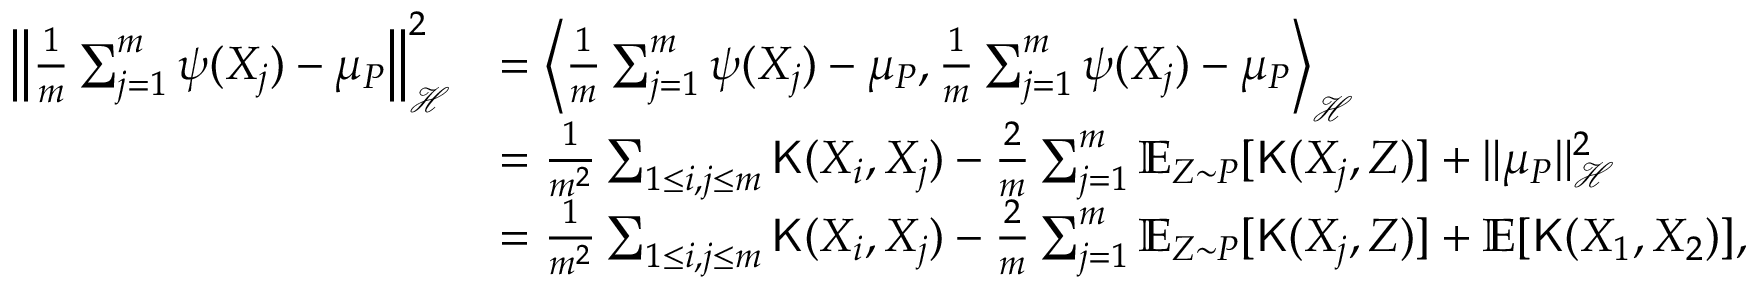
\begin{array} { r l } { \left\| \frac { 1 } { m } \sum _ { j = 1 } ^ { m } \psi ( X _ { j } ) - \mu _ { P } \right\| _ { \mathcal { H } } ^ { 2 } } & { = \left\langle \frac { 1 } { m } \sum _ { j = 1 } ^ { m } \psi ( X _ { j } ) - \mu _ { P } , \frac { 1 } { m } \sum _ { j = 1 } ^ { m } \psi ( X _ { j } ) - \mu _ { P } \right\rangle _ { \mathcal { H } } } \\ & { = \frac { 1 } { m ^ { 2 } } \sum _ { 1 \leq i , j \leq m } { \mathsf K } ( X _ { i } , X _ { j } ) - \frac { 2 } { m } \sum _ { j = 1 } ^ { m } \mathbb { E } _ { Z \sim P } [ { \mathsf K } ( X _ { j } , Z ) ] + \| \mu _ { P } \| _ { \mathcal { H } } ^ { 2 } } \\ & { = \frac { 1 } { m ^ { 2 } } \sum _ { 1 \leq i , j \leq m } { \mathsf K } ( X _ { i } , X _ { j } ) - \frac { 2 } { m } \sum _ { j = 1 } ^ { m } \mathbb { E } _ { Z \sim P } [ { \mathsf K } ( X _ { j } , Z ) ] + \mathbb { E } [ { \mathsf K } ( X _ { 1 } , X _ { 2 } ) ] , } \end{array}